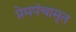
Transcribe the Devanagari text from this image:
प्रेमपंचामृत